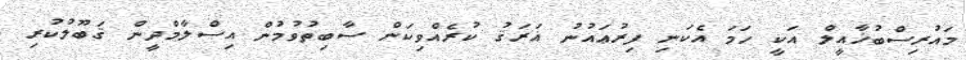
މައުރިސްބުޚާއީލް އަކީ ހަމަ އެކަނި ފިރުޢައުނު ޣަރަޤު ކުރެއްވިކަން ސާބިތުވުމުން އިސްލާމްދީން ޤަބޫލުކުރި